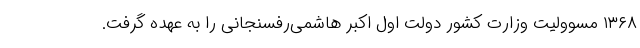
۱۳۶۸ مسوولیت وزارت کشور دولت اول اکبر هاشمی‌رفسنجانی را به عهده گرفت.